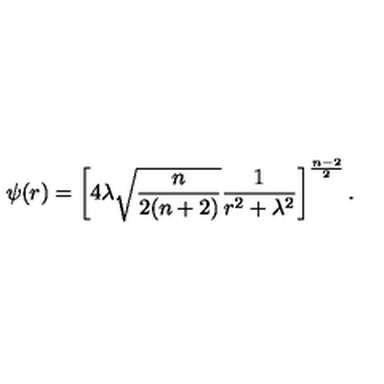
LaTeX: \psi ( r ) = \left[ 4 \lambda \sqrt { { \frac { n } { 2 ( n + 2 ) } } } { \frac { 1 } { r ^ { 2 } + \lambda ^ { 2 } } } \right] ^ { \frac { n - 2 } { 2 } } .